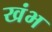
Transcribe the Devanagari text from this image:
खंभ